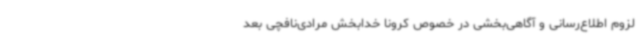
لزوم اطلاع‌رسانی و آگاهی‌بخشی در خصوص کرونا خدابخش مرادی‌نافچی بعد